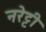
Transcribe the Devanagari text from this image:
नरेट्टी